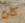
كان